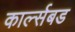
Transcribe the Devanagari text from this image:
कार्ल्सबड